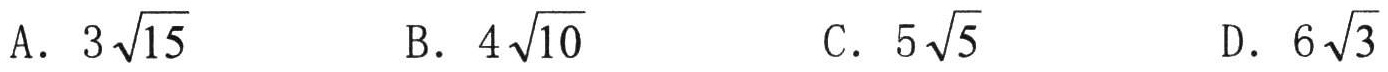
A. \(3\sqrt{15}\)  B. \(4\sqrt{10}\)  C. \(5\sqrt{5}\)  D. \(6\sqrt{3}\)